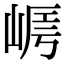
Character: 𡹻